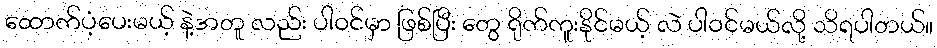
ထောက်ပံ့ပေးမယ့် နဲ့အတူ လည်း ပါဝင်မှာ ဖြစ်ပြီး တွေ ရိုက်ကူးနိုင်မယ့် လဲ ပါဝင်မယ်လို့ သိရပါတယ်။